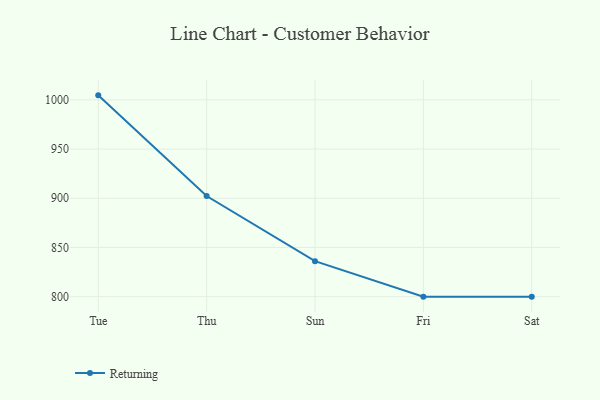
{"axis": {"x": "Day", "y": "Shipments"}, "legend": ["Returning"], "data": [{"x": "Tue", "y": 1004.6, "type": "Returning"}, {"x": "Thu", "y": 902.3, "type": "Returning"}, {"x": "Sun", "y": 836.1, "type": "Returning"}, {"x": "Fri", "y": 800, "type": "Returning"}, {"x": "Sat", "y": 800, "type": "Returning"}]}